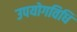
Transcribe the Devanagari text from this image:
उपयोगविधि